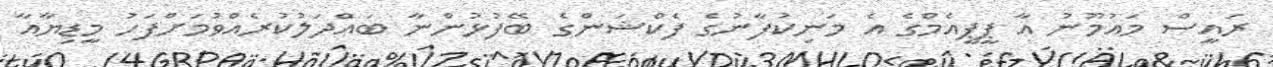
ރައީސް މައުމޫނު އާ ޕީޕީއެމްގެ އެ މަނިކުފާނުގެ ފެކްޝަންގެ ބޭފުޅުންނާ ބައްދަލުކުރެއްވުމަށްފަހު މީޑިޔާއާ